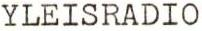
YLEISRADIO